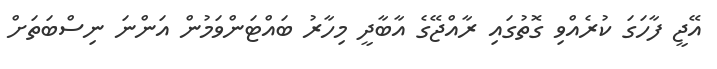
އޭޖީ ފާހަގަ ކުރެއްވި ގޮތުގައި ރާއްޖޭގެ އާބާދީ މިހާރު ބައްޓަންވަމުން އަންނަ ނިސްބަތަށް